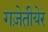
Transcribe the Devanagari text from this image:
गज़ेतीयेर